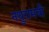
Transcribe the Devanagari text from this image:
नथुरामची